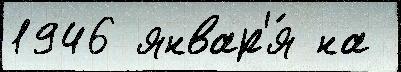
1946 январ'я́ на